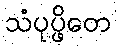
သံပုပ္ဖိတေ